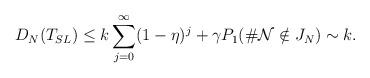
LaTeX: \begin{align*}D_{N}(T_{SL}) \leq k\sum_{j=0}^{\infty}(1-\eta)^{j}+\gamma P_{1}(\# \mathcal{N} \notin J_{N}) \sim k.\end{align*}